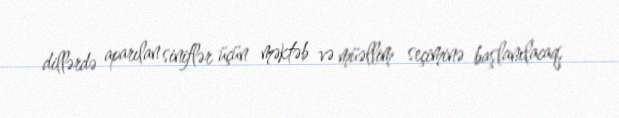
dillərdə aparılan siniflər üçün məktəb və müəllim seçiminə başlanılacaq.